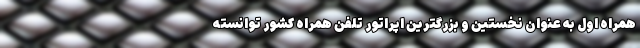
همراه اول به عنوان نخستین و بزرگترین اپراتور تلفن همراه کشور توانسته